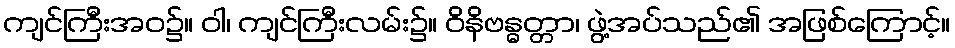
ကျင်ကြီးအဝ၌။ ဝါ၊ ကျင်ကြီးလမ်း၌။ ဝိနိဗန္ဓတ္တာ၊ ဖွဲ့အပ်သည်၏ အဖြစ်ကြောင့်။